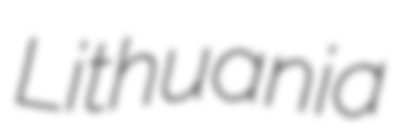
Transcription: Lithuania